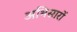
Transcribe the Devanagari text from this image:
अभिसारों